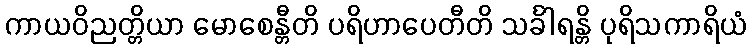
ကာယဝိညတ္တိယာ မောစေန္တီတိ ပရိဟာပေတီတိ သင်္ခါရန္တိ ပုရိသကာရိယံ